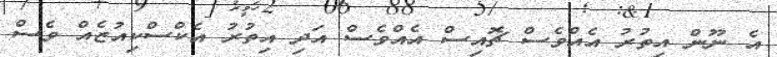
އެ ނޫން އިތުރު އެއްވެސް ޗޮއިސް އެއްވެސް އަދި އިތުރު އެކްސްކިއުޒެއް ވެސް